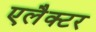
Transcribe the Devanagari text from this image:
एलैक्टर